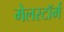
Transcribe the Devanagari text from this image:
मेलस्टाॅर्म